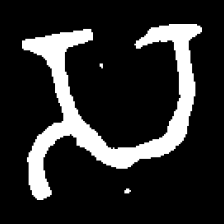
Pyu character \u2014 Myanmar letter: သ (romanized: sa)